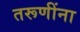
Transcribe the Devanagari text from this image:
तरूणींना